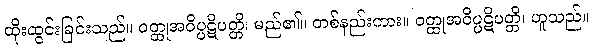
ထိုးထွင်းခြင်းသည်။ ဝတ္ထုအဝိပ္ပဋိပတ္တိ၊ မည်၏။ တစ်နည်းကား။ ဝတ္ထုအဝိပ္ပဋိပတ္တိ၊ ဟူသည်။